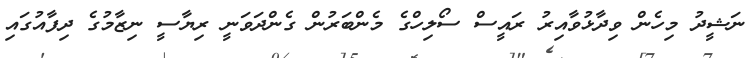
ނަޝީދު މިހެން ވިދާޅުވާއިރު ރައީސް ސޯލިހްގެ މެންބަރުން ގެންދަވަނީ ރިޔާސީ ނިޒާމުގެ ދިފާއުގައި